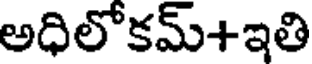
అధిలోకమ్+ఇతి